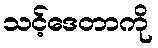
သင့်ဒေတာကို